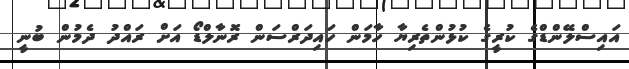
އައިސްލޭންޑްގެ ކުރީގެ ކުޅުންތެރިޔާ ހާމަން ހައިދަރްސަން ރޮނާލްޑޯ އަށް ރައްދު ދެމުން ބުނީ